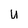
Character: u